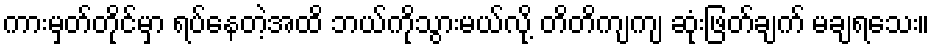
ကားမှတ်တိုင်မှာ ရပ်နေတဲ့အထိ ဘယ်ကိုသွားမယ်လို့ တိတိကျကျ ဆုံးဖြတ်ချက် မချရသေး။